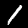
Label: 1